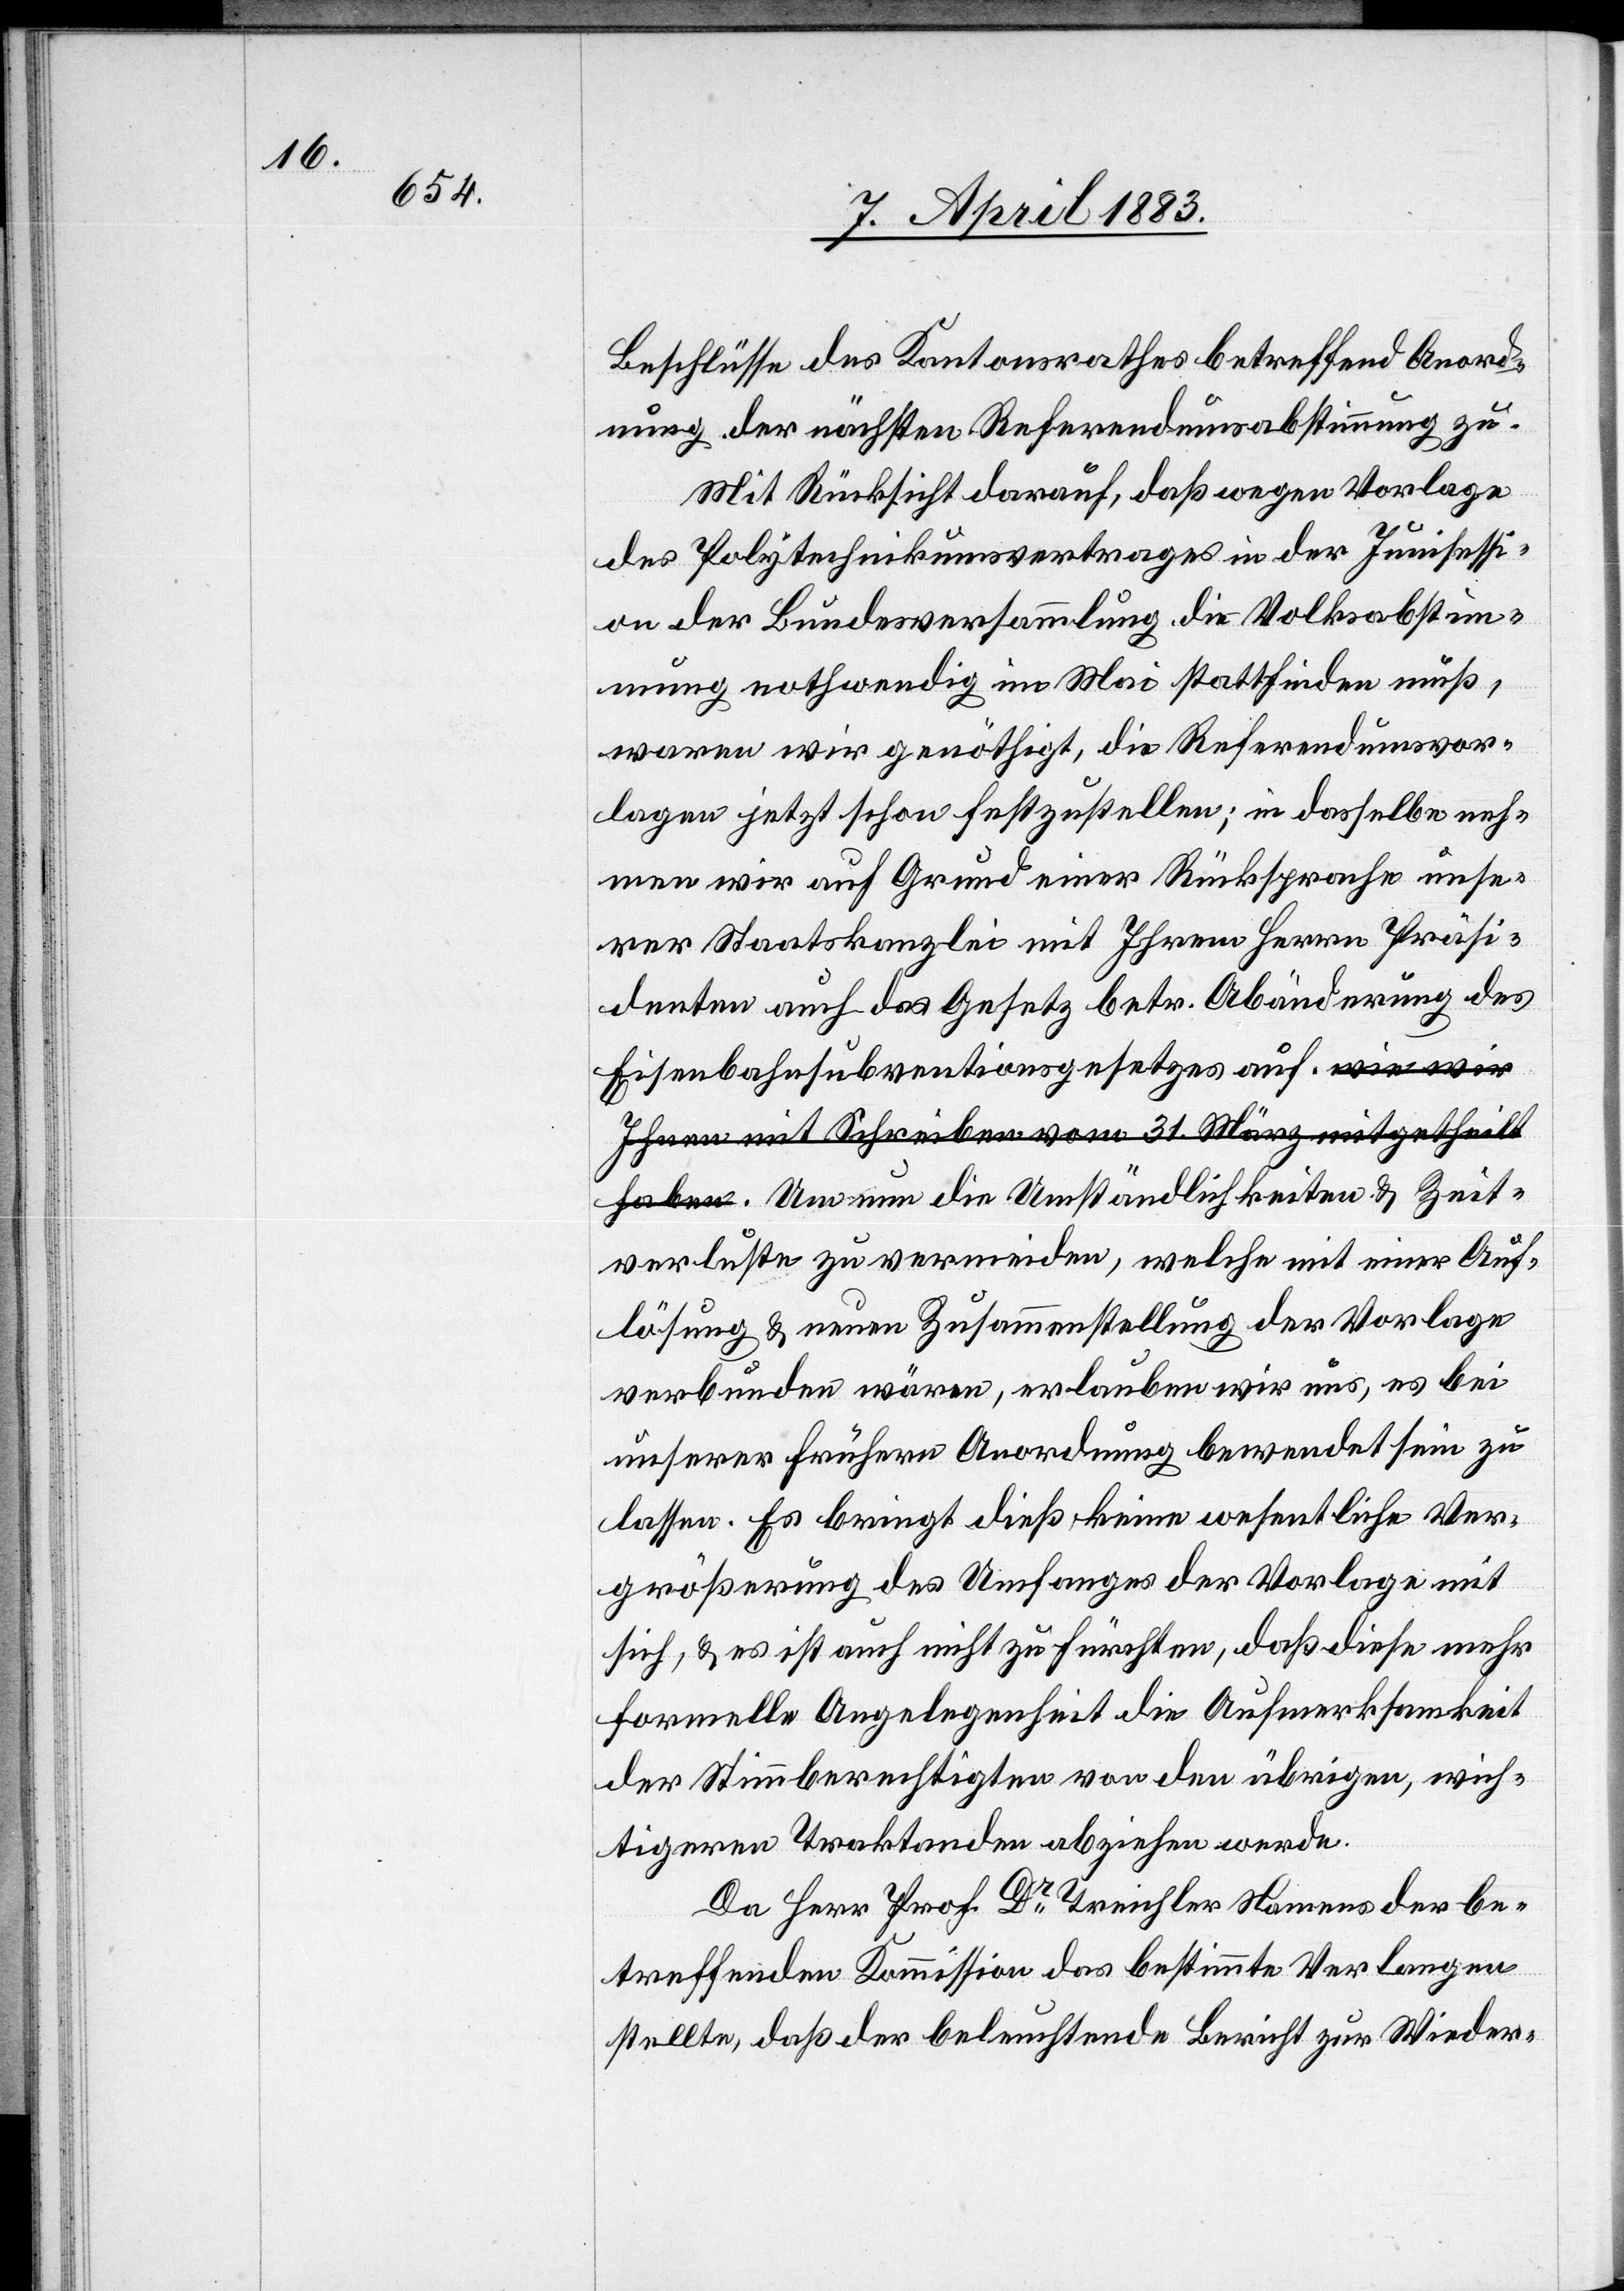
Zeit¬

Beschlüsse des Kantonsrathes betreffend Anord¬
nung der nächsten Referendumsabstimmung zu.
Mit Rücksicht darauf, daß wegen Vorlage
des Polytechnikumsvertrage in der Junisessi¬
on der Bundesversammlung die Volksabstim¬
mung nothwendig im Mai stattfinden muß,
waren wir genöthigt, die Referendumsvor¬
lagen jetzt schon festzustellen; in dasselbe neh¬
men wir auf Grund einer Rücksprache unse¬
rer Staatskanzlei mit Ihrem Herrn Präsi¬
denten auch das Gesetz betr. Abänderung des
Eisenbahnsubventionsgesetzes auf. Um nun
verluste zu vermeiden, welche mit einer Auf¬
lösung & neuen Zusammenstellung der Vorlage
verbunden wären, erlauben wir uns, es bei
unserer frühern Anordnung bewendet sein zu
lassen. Es bringt dieß keine wesentliche Ver¬
größerung des Umfanges der Vorlage mit
sich, & es ist auch nicht zu fürchten, daß diese mehr
formelle Angelegenheit die Aufmerksamkeit
der Stimmberechtigten von den übrigen, wich¬
tigern Traktanden abziehen werde.
Da Herr Prof. Dr Treichler Namens der be¬
treffenden Kommission das bestimmte Verlangen
stellte, daß der beleuchtende Bericht zur Wieder-